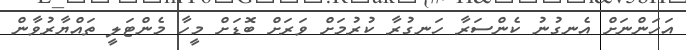
އަހަންނަށް އެނގުނު ކެންސަރާ ހަނގުރާ ކުރުމަށް ވަރަށް ބޮޑަށް މީހާ މެންޓަލީ ތައްޔާރުވާން